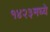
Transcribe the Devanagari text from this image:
१४२३मध्ये